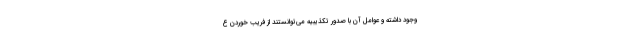
وجود داشته و عوامل آن با صدور تکذیبیه می‌توانستند از فریب خوردن ع